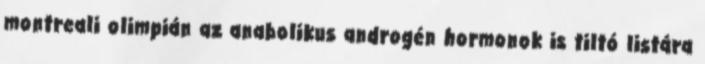
montreali olimpián az anabolikus androgén hormonok is tiltó listára